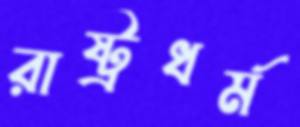
রাষ্ট্রধর্ম